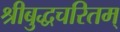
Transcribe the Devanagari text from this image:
श्रीबुद्धचरितम्